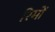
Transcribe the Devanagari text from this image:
रिमों